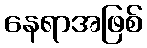
နေရာအဖြစ်